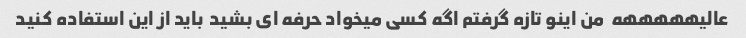
عالیهههههه  من اینو تازه گرفتم اگه کسی میخواد حرفه ای بشید  باید از این استفاده کنید